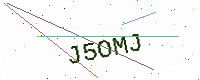
Text: J5OMJ